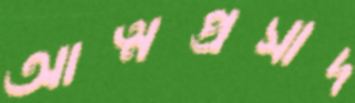
আত্মপ্রসাদ